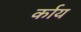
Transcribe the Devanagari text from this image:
र्काय